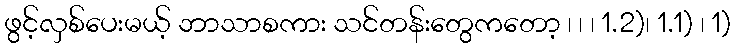
ဖွင့်လှစ်ပေးမယ့် ဘာသာစကား သင်တန်းတွေကတော့ ၊ ၊ ၊ 1.2)၊ 1.1) ၊ 1)